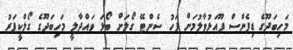
މަހިބަދޫގެ ޑިފެންސް ފޫއަޅުވާލުމަށް ފަހު ސެންޓޭ ގޯލަށް ބޯޅަ ވައްދާލީ މަހިބަދޫގެ ގޯލްކީޕަރު